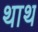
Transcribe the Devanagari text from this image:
थाथ